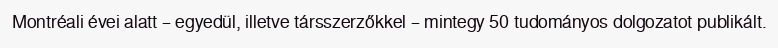
Montréali évei alatt – egyedül, illetve társszerzőkkel – mintegy 50 tudományos dolgozatot publikált.